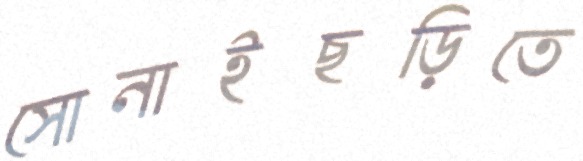
সোনাইছড়িতে